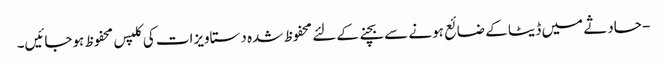
- حادثے میں ڈیٹا کے ضائع ہونے سے بچنے کے لئے محفوظ شدہ دستاویزات کی کلپس محفوظ ہوجائیں۔